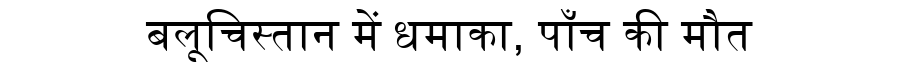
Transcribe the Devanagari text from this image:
बलूचिस्तान में धमाका, पाँच की मौत